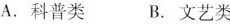
A. 科普类B. 文艺类